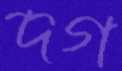
দগ